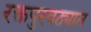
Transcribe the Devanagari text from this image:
रक्तपुरवठ्यात